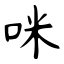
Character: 咪